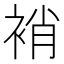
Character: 䘯